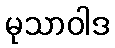
မုသာဝါဒ